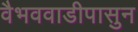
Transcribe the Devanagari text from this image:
वैभववाडीपासुन